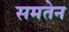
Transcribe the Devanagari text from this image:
समतेन